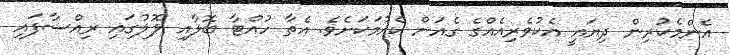
އެންމެކުރިން ދިޔައީ އެކުވެރިއެއްގެ ގެއަށް ކެއުމަކަށެވެ. އެތާ ހުއްޓާ ބޮލާއި ލޮލުގައި ރިއްސާފައި